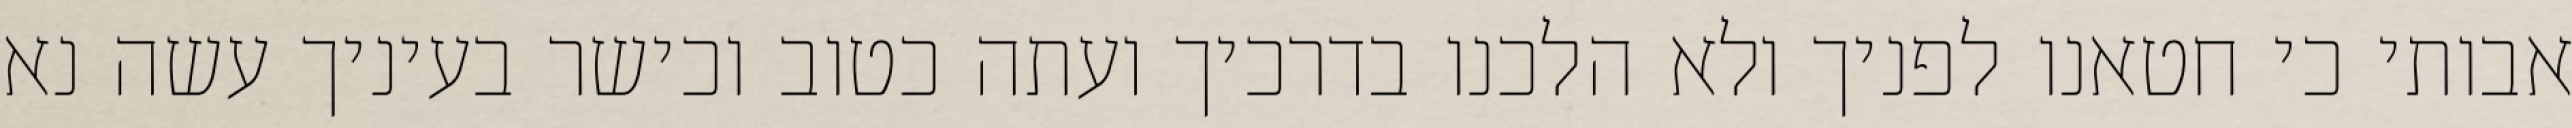
אבותי כי חטאנו לפניך ולא הלכנו בדרכיך ועתה כטוב וכישר בעיניך עשה נא